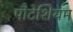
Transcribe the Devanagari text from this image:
पौटेशियम